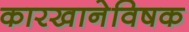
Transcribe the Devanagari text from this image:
कारखानेविषक